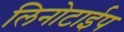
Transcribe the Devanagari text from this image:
लिनोटाईप